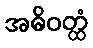
အဓိဝတ္ထံ